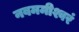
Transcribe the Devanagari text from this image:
नवममीश्वरं